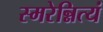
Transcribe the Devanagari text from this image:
स्मरेन्नित्यं